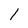
Character: 1